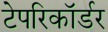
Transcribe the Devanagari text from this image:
टेपरिकॉर्डर